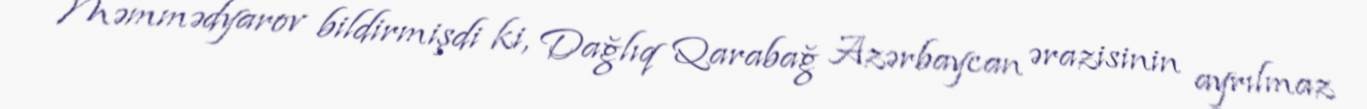
Məmmədyarov bildirmişdi ki, Dağlıq Qarabağ Azərbaycan ərazisinin ayrılmaz